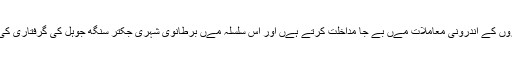
الزام ےہ ہے کہ وہ گردواروں کے اندرونی معاملات مےں بے جا مداخلت کرتے ہےں اور اس سلسلہ مےں برطانوی شہری جکتر سنگھ جوہل کی گرفتاری کی مثال بےان کی جاتی ہے۔